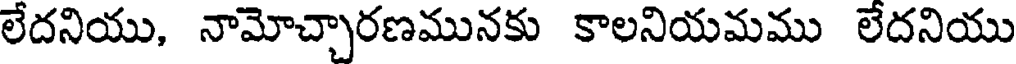
లేదనియు, నామోచ్చారణమునకు కాలనియమము లేదనియు